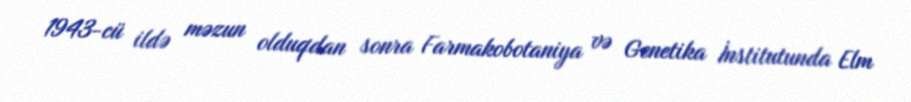
1943-cü ildə məzun olduqdan sonra Farmakobotaniya və Genetika İnstitutunda Elm